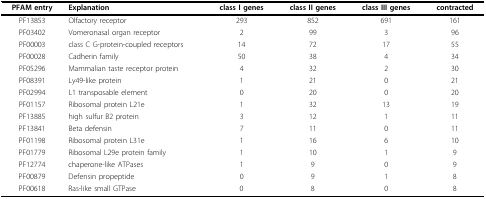
| PFAM entry | Explanation | class I genes | class II genes | class III genes | contracted |
 | --- | --- | --- | --- | --- | --- |
 | PF13853 | Olfactory receptor | 293 | 852 | 691 | 161 |
 | PF03402 | Vomeronasal organ receptor | 2 | 99 | 3 | 96 |
 | PF00003 | class C G-protein-coupled receptors | 14 | 72 | 17 | 55 |
 | PF00028 | Cadherin family | 50 | 38 | 4 | 34 |
 | PF05296 | Mammalian taste receptor protein | 4 | 32 | 2 | 30 |
 | PF08391 | Ly49-like protein | 1 | 21 | 0 | 21 |
 | PF02994 | L1 transposable element | 0 | 20 | 0 | 20 |
 | PF01157 | Ribosomal protein L21e | 1 | 32 | 13 | 19 |
 | PF13885 | high sulfur B2 protein | 3 | 12 | 1 | 11 |
 | PF13841 | Beta defensin | 7 | 11 | 0 | 11 |
 | PF01198 | Ribosomal protein L31e | 1 | 16 | 6 | 10 |
 | PF01779 | Ribosomal L29e protein family | 1 | 10 | 1 | 9 |
 | PF12774 | chaperone-like ATPases | 1 | 9 | 0 | 9 |
 | PF00879 | Defensin propeptide | 0 | 9 | 1 | 8 |
 | PF00618 | Ras-like small GTPase | 0 | 8 | 0 | 8 |